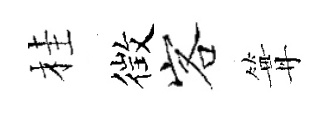
桂徴客篝